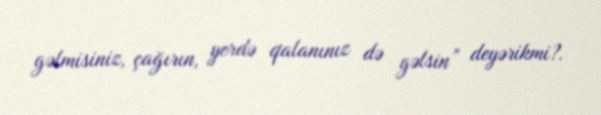
gəlmisiniz, çağırın, yerdə qalanınız də gəlsin” deyərikmi?.